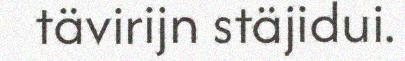
tävirijn stäjidui.